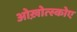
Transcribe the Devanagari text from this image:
ओख़ोत्स्कोए